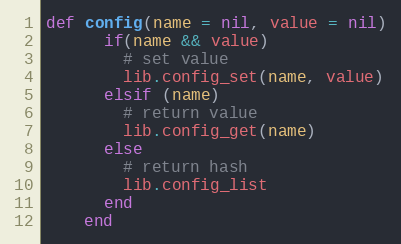
Language: Ruby
def config(name = nil, value = nil)
      if(name && value)
        # set value
        lib.config_set(name, value)
      elsif (name)
        # return value
        lib.config_get(name)
      else
        # return hash
        lib.config_list
      end
    end